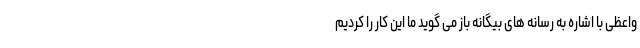
واعظی با اشاره به رسانه های بیگانه باز می گوید ما این کار را کردیم